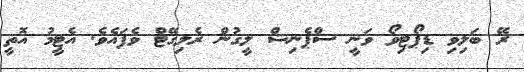
ރޭ ބަލިވި ޑިޕޯޓިވޯ ވަނީ ސްޕެނިޝް ލީގުން ރެލިގޭޓް ވެފައެވެ. އެޓީމު އޮތީ